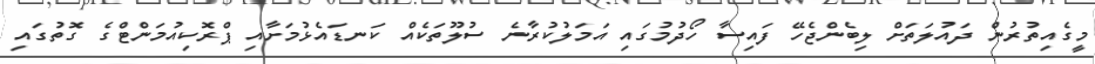
މީގެއިތުރުން ދައުލަތަށް ލިބެންޖެހޭ ފައިސާ ހޯދުމުގައި އަމަލުކުރާނެ ސުލޫތަކެއް ކަނޑައެޅުމަށާއި ޕްރޮކިއުމަންޓްގެ ގޮތުގައި